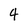
Character: 4